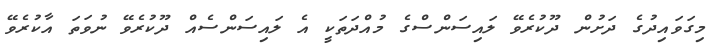
މިގަވައިދުގެ ދަށުން ދޫކުރެވޭ ލައިސަންސްގެ މުއްދަތަކީ އެ ލައިސަންސެއް ދޫކުރެވޭ ނުވަތަ އާކުރެވޭ